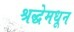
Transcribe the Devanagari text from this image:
श्रद्धेमधून